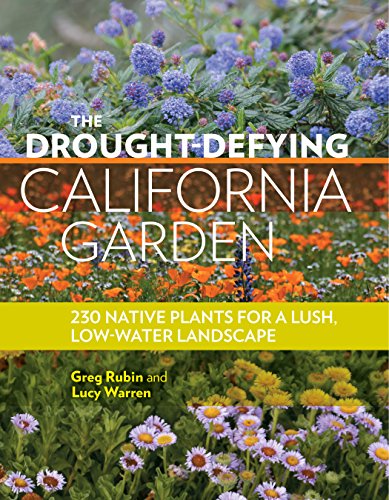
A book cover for The Drought-Defying California Garden: 230 Native Plants for a Lush Low-Water Landscape; Greg Rubin; Crafts, Hobbies & Home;